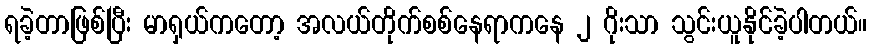
ရခဲ့တာဖြစ်ပြီး မာရှယ်ကတော့ အလယ်တိုက်စစ်နေရာကနေ ၂ ဂိုးသာ သွင်းယူနိုင်ခဲ့ပါတယ်။